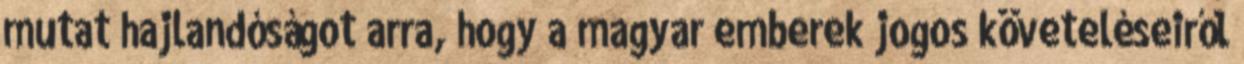
mutat hajlandóságot arra, hogy a magyar emberek jogos követeléseiről